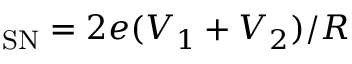
_ { \mathrm { S N } } = 2 e ( V _ { 1 } + V _ { 2 } ) / R